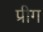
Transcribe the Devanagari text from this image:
प्रीग